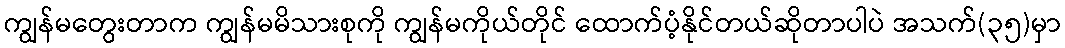
ကျွန်မတွေးတာက ကျွန်မမိသားစုကို ကျွန်မကိုယ်တိုင် ထောက်ပံ့နိုင်တယ်ဆိုတာပါပဲ အသက်(၃၅)မှာ